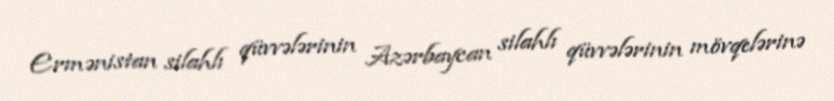
Ermənistan silahlı qüvvələrinin Azərbaycan silahlı qüvvələrinin mövqelərinə